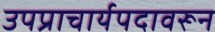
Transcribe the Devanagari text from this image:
उपप्राचार्यपदावरून